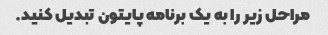
مراحل زیر را به یک برنامه پایتون تبدیل کنید.